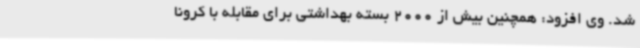
شد. وی افزود: همچنین بیش از 2000 بسته بهداشتی برای مقابله با کرونا